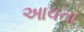
આવતા